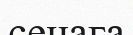
сенаға